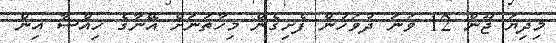
މިދިޔަ ޖޫން 12 ވަނަ ދުވަހުން ފެށިގެން މިހާތަނަށް އޭނާގެ ހިއްސާ އިން